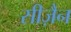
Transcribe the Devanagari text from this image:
सीज़ैन